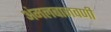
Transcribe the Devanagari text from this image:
अंमलबाजवणी